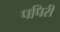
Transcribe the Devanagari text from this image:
पपिरी